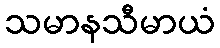
သမာနသီမာယံ